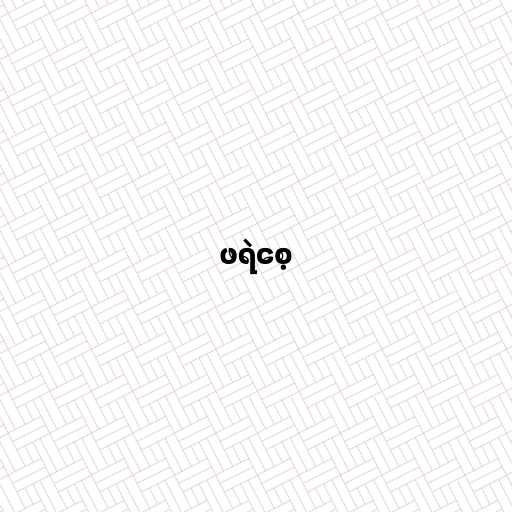
ဖရဲစေ့